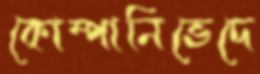
কোম্পানিভেদে